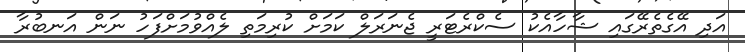
އަދި އޭގެތެރޭގައި ޝާހާއެކު ސެކްރެޓަރީ ޖެނަރަލް ކަމަށް ކުރިމަތި ލެއްވުމަށްފަހު ނަން އަނބުރާ